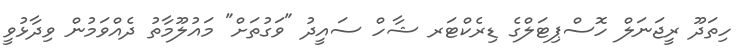
ހިތަދޫ ރީޖަނަލް ހޮސްޕިޓަލްގެ ޑިރެކްޓަރ ޝާހް ސައީދު "ވަގުތަށް" މައުލޫމާތު ދެއްވަމުން ވިދާޅުވީ